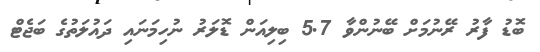
ބޮޑު ފާރު ރޭނުމަށް ބޭނުންވާ 5.7 ބިލިއަން ޑޮލަރު ނުހިމަނައި ދައުލަތުގެ ބަޖެޓް